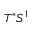
T ^ { * } S ^ { 1 }